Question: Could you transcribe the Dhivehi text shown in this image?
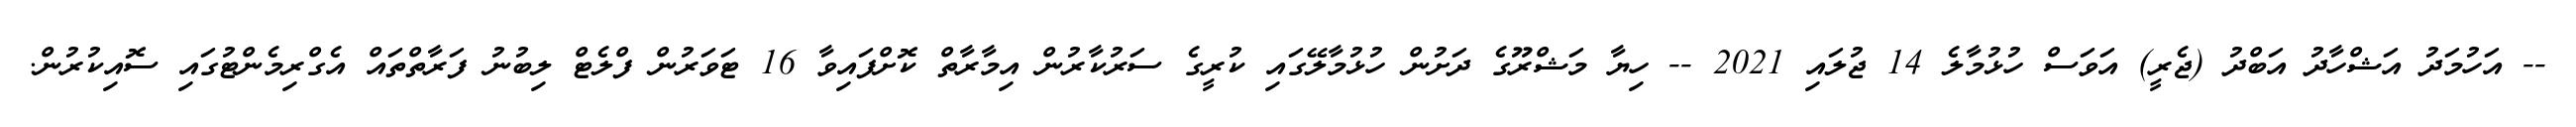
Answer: -- އަހުމަދު އަޝްހާދު އަބްދު (ޖެރީ) އަވަސް ހުޅުމާލެ 14 ޖުލައި 2021 -- ހިޔާ މަޝްރޫގެ ދަށުން ހުޅުމާލޭގައި ކުރީގެ ސަރުކާރުން އިމާރާތް ކޮށްފައިވާ 16 ޓަވަރުން ފްލެޓް ލިބުނު ފަރާތްތައް އެގްރިމެންޓުގައި ސޮއިކުރުން.